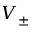
V _ { \pm }